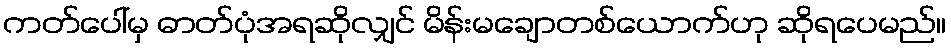
ကတ်ပေါ်မှ ဓာတ်ပုံအရဆိုလျှင် မိန်းမချောတစ်ယောက်ဟု ဆိုရပေမည်။